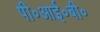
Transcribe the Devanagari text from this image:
पी॰आई॰बी॰